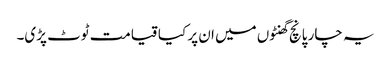
یہ چار پانچ گھنٹوں میں ان پر کیا قیامت ٹوٹ پڑی۔